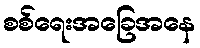
စစ်ရေးအခြေအနေ